Lunatic asylums Madras 1877-1891 - 1877-1891
Year: 1877
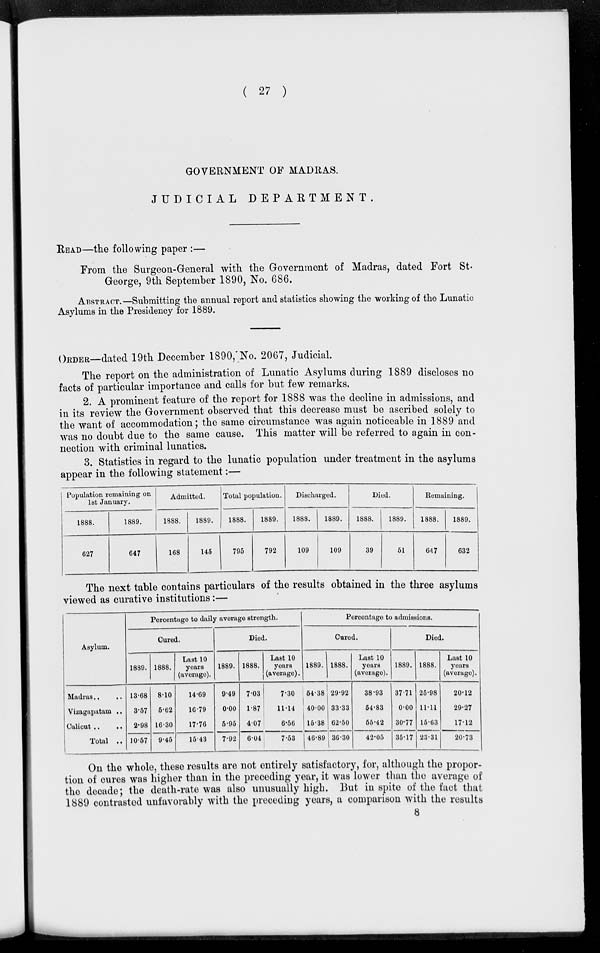
( 27 )
GOVERNMENT OF MADRAS.
JUDICIAL
DEPARTMENT.
READ—the following paper :—
From the Surgeon-General with the Government of Madras, dated Fort St.
George, 9th September 1890, No. 686.
ABSTRACT.—Submitting the annual report and statistics showing the working of the Lunatic
Asylums in the Presidency for 1889.
ORDER—dated 19th December 1890, No. 2067, Judicial.
The report on the administration of Lunatic Asylums during 1889 discloses no
facts of particular importance and calls for but few remarks.
2. A prominent feature of the report for 1888 was the decline in admissions, and
in its review the Government observed that this decrease must be ascribed solely to
the want of accommodation; the same circumstance was again noticeable in 1889 and
was no doubt due to the same cause. This matter will be referred to again in con-
nection with criminal lunatics.
3. Statistics in regard to the lunatic population under treatment in the asylums
appear in the following statement:—
Population remaining on
1st January.
1888.
627
1889.
647
Admitted.
1888.
168
1889.
145
Total population.
1888.
795
1889.
792
Discharged.
1888.
109
1889.
109
Died.
1888.
39
1889.
51
Remaining.
1888.
647
1889.
632
The next table contains particulars of the results obtained in the three asylums
viewed as curative institutions:—
Asylum.
Madras .. ..
Vizagapatam ..
Calicut
..
..
Total ..
Percentage to daily average strength.
Cured.
1889.
13.68
3.57
2.98
10.57
1888.
8.10
5.62
16.30
9.45
Last 10
years
(average).
14.69
16.79
17.76
15.43
Died.
1889.
9.49
0.00
5.95
7.92
1888.
7.03
1.87
4.07
6.04
Last 10
years
(average).
7.30
11.14
6.56
7.53
Percentage to admissions.
Cured.
1889.
54.38
40.00
15.38
46.89
1888.
29.92
33.33
62.50
36.30
Last 10
years
(average).
38.93
54.83
55.42
42.05
Died.
1889.
37.71
0.00
30.77
35.17
1888.
25.98
11.11
15.63
23.31
Last 10
years
(average).
20.12
29.27
17.12
20.73
On the whole, these results are not entirely satisfactory, for, although the propor-
tion of cures was higher than in the preceding year, it was lower than the average of
the decade; the death-rate was also unusually high. But in spite of the fact that
1889 contrasted unfavorably with the preceding years, a comparison with the results
8